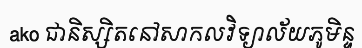
ako ជានិស្សិតនៅសាកលវិទ្យាល័យភូមិន្ទ